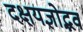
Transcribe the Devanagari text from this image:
दक्षयज्ञोद्भव